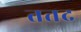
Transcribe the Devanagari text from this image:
तत्तद